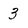
Character: 3